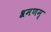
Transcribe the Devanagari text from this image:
श्रमणम्